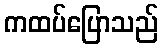
ကထပ်ပြောသည်